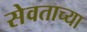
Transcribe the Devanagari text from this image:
सेवताच्या